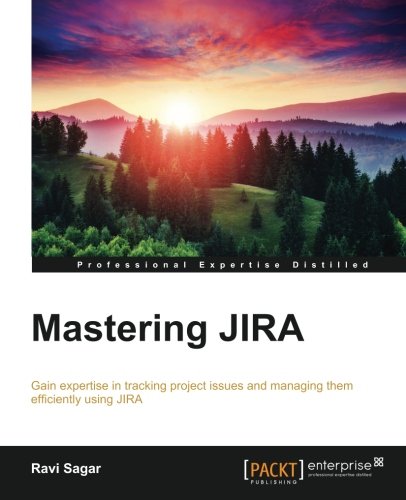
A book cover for Mastering JIRA; Ravi Sagar; Computers & Technology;